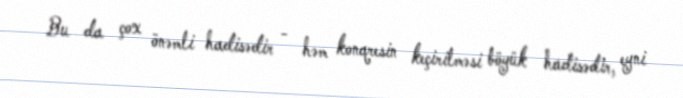
Bu da çox önəmli hadisədir - həm konqresin keçirilməsi böyük hadisədir, eyni